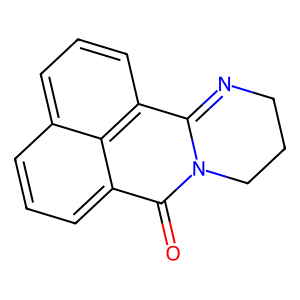
SMILES: O=c1c2cccc3cccc(c4n1CCCN=4)c32
Inhibits HIV replication: No